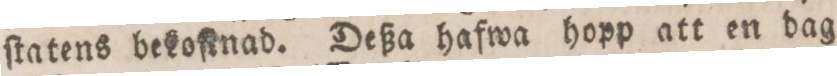
ſtatens bekoſtnad. Deßa hafwa hopp att en dag